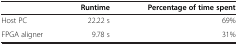
<table><thead><tr><td><b> </b></td><td><b>Runtime</b></td><td><b>Percentage of time spent</b></td></tr></thead><tbody><tr><td>Host PC</td><td>22.22 s</td><td>69%</td></tr><tr><td>FPGA aligner</td><td>9.78 s</td><td>31%</td></tr></tbody></table>